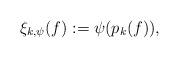
LaTeX: \begin{align*}\xi_{k,\psi}(f) &:= \psi(p_k(f)),\end{align*}